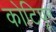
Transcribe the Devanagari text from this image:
कोटिपूर